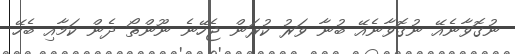
ނުގޮވާނެއޭ ނުގޮވާނެއޭ ބުނާ ވަރު ކުރަން ޖެހޭނެ ނޫންތޯ ދެން ކަމާއި ބެހޭ